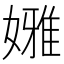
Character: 𡡳